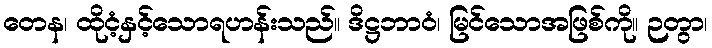
တေန၊ ထိုငံ့နှင့်သောရဟန်းသည်။ ဒိဋ္ဌဘာဝံ၊ မြင်သောအဖြစ်ကို။ ဉတွာ၊